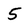
Character: 5